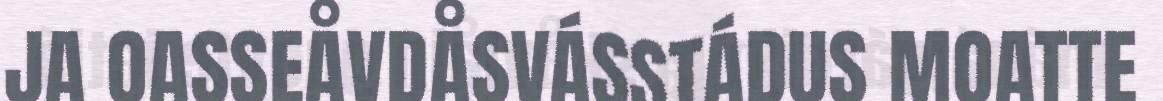
JA OASSEÅVDÅSVÁSSTÁDUS MOATTE